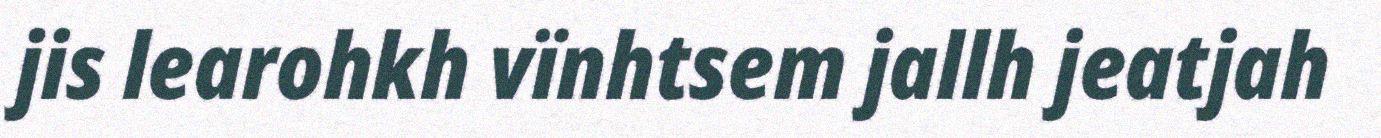
jis learohkh vïnhtsem jallh jeatjah